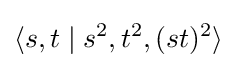
\langle s,t\mid s^{2},t^{2},(st)^{2}\rangle